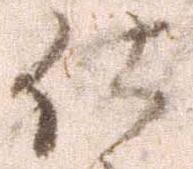
仕